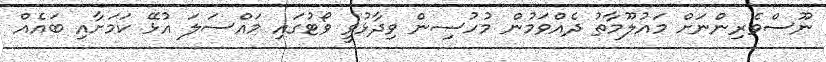
ނޫސްވެރިންނަށް މައުލޫމާތު ދެއްވަމުން މުހުސިން ވިދާޅުވީ ވޯޓުގައި މައްސަލަ އުޅޭ ކަމަށާއި ބައެއް